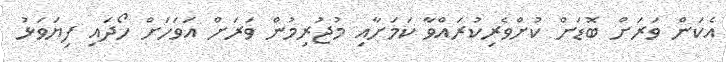
އެކަން ވަރަށް ބޮޑަށް ކުށްވެރިކުރައްވާ ކަމަށާއި މުޖުރިމުން ވަރަށް އަވަހަށް ހޯދައި ފިޔަވަޅު